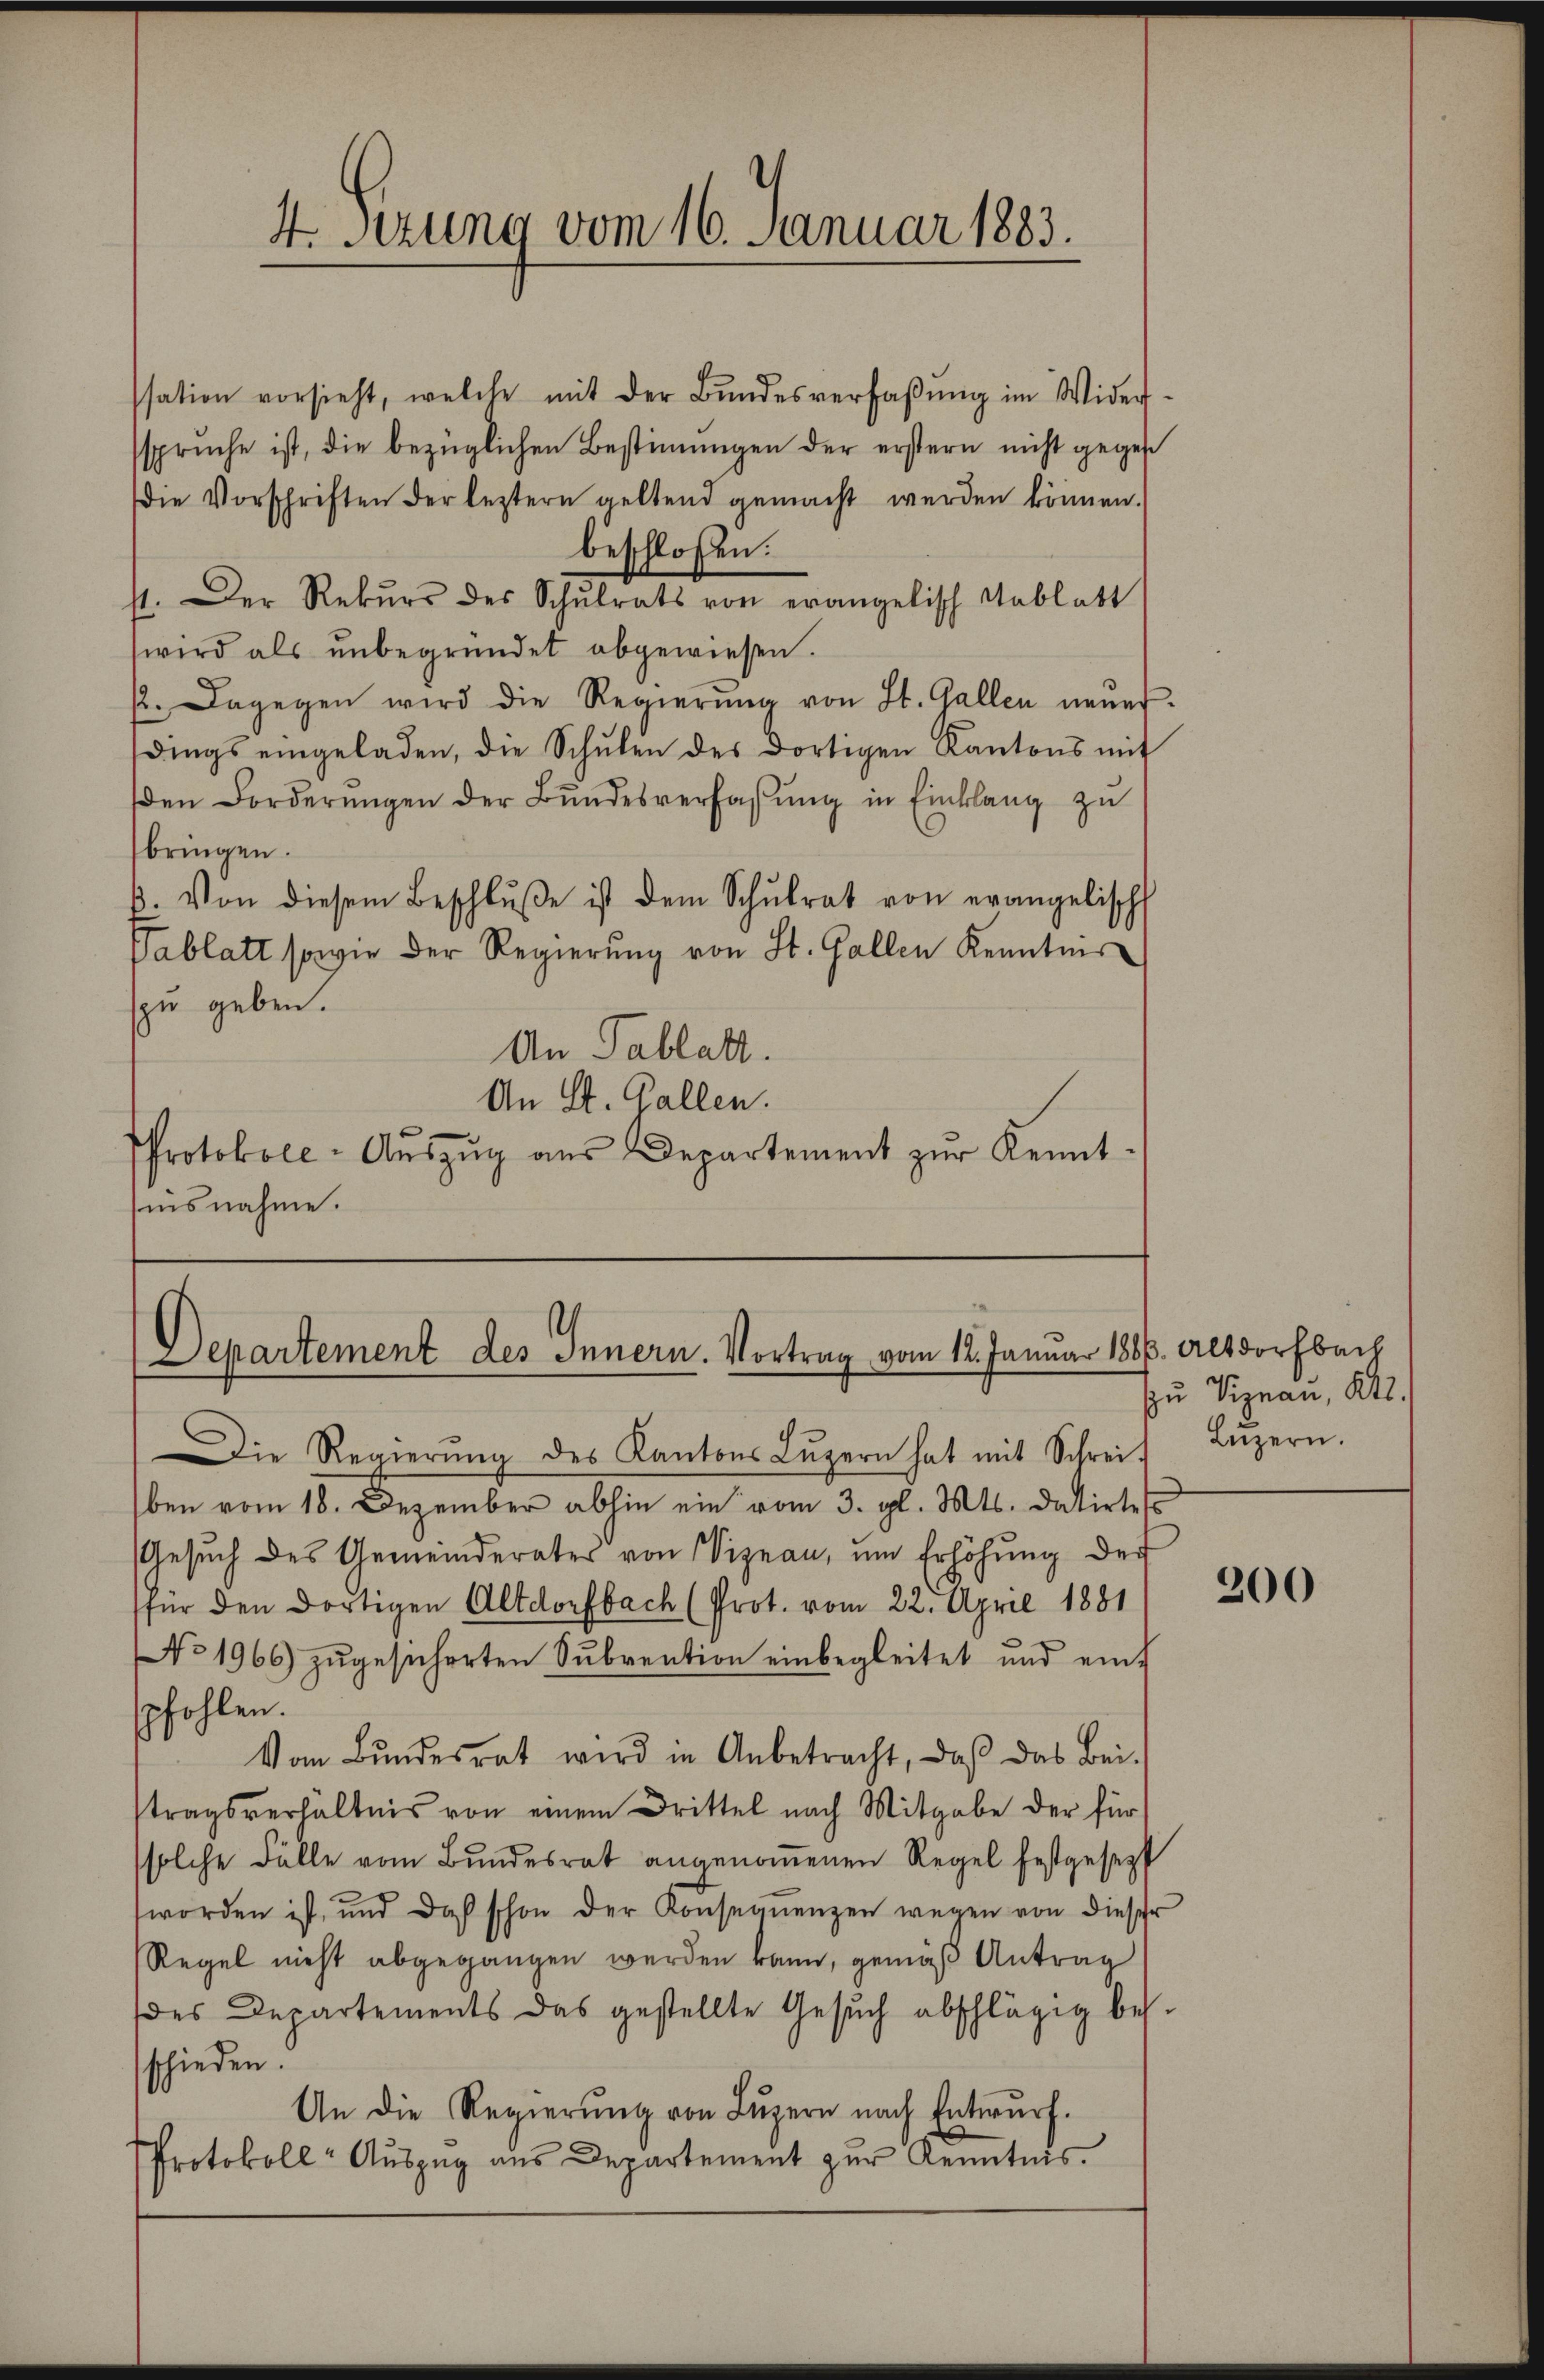
4 sezung vom 16. Januar 1883.

ssation vorsieht, welche mit der Bŭndesverfaβŭng im Wider-
sspruche ist, die bezüglichen Bestimungen der erstern nicht gegeb
die Vorschriften der leztern geltend gemacht werden können.
beschlossen:
st. Der Rekŭrs des Schŭlrats von erangelisch Tablatt
wird als ŭnbegründet abgewiesen.
22. Dagegen wird die Regierŭng von St. Gallen neŭer-
dings eingeladen, die Schŭlen des dortigen Kantons mit
den Forderŭngen der Bŭndesverfassŭng in Einklang zŭ
bringen.
ß. Von diesem Beschlŭβe ist dem Schŭlrat von evangelisch
Pablatt sowie der Regierŭng von St. Gallen Kenntnis
szu geben.
An Tablatt.
An St. Gallen.
Protokoll-Aŭszŭg aŭs Departement zŭr Kennt-
nisnahme.

Departement des Innern. Vortrag vom 12. Januar 1886. Altdorfbach

Die Regierŭng des Kantons Lŭzern hat mit Schreif Lŭzern.
ben vom 18. Dezember abhin ein vom 3. gl. Mts. datirtes
Gesuch des Gemeinderater von Viznau, um Erhöhŭng der
für den dortigen Altdorfbach (Prot. vom 22. April 1881
No 1966) zŭgesicherten Sŭbvention einbegleitet und ein-
pfohlen.
Vom Bŭndesrat wird in Anbetracht, daβ das Bei-
tragsverhältnis von einem Drittel nach Mitgabe der für
solche Fälle vom Bŭndesrat angenoṁenen Regel festgesezt
worden ist, und doch schon der Konseqŭenzen wegen von dieser
Regel nicht abgegangen werden kann, gemäß Antrag
des Departements das gestellte Gesŭch abschlägig bes-
schieden.
An die Regierŭng von Lŭzern nach Entwurf.
Protokoll-Auszug aus Departement zŭr Kenntnis.

u Viznau, Kt.

200